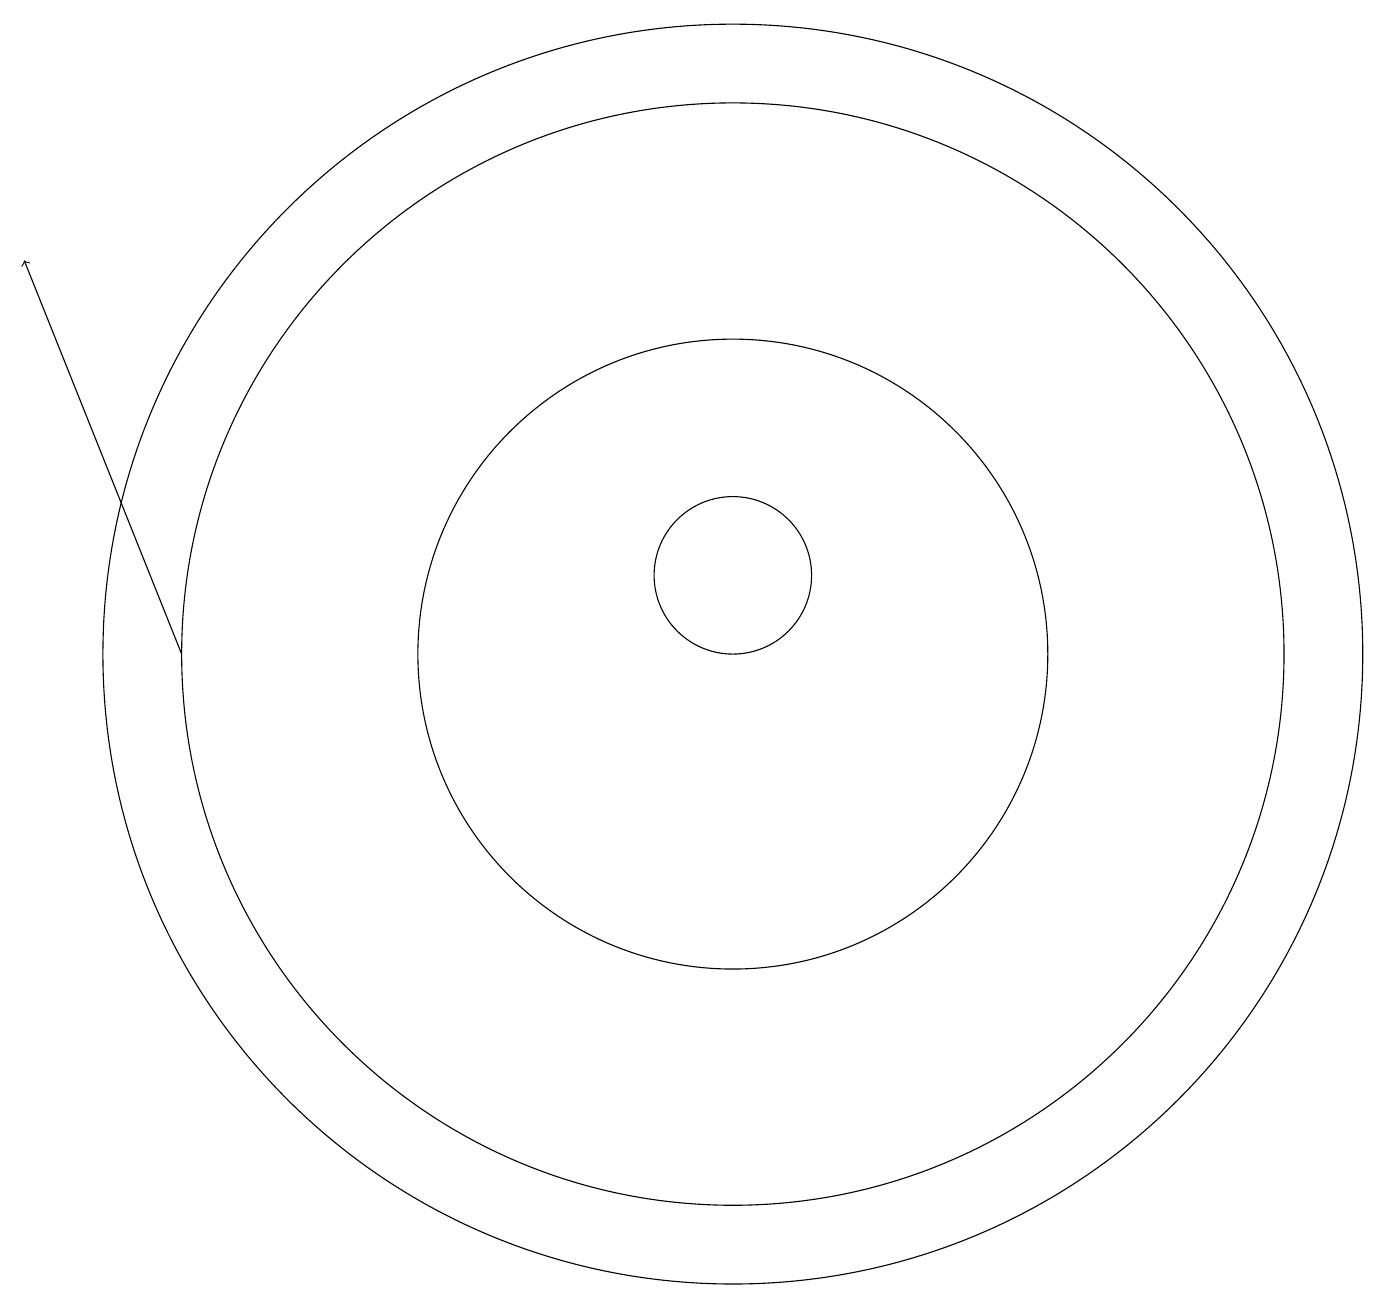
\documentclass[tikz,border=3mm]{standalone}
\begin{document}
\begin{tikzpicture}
\draw[->] (5,10) -- (3,15);
\draw (12,10) circle (4);
\draw (12,10) circle (8);
\draw (12,11) circle (1);
\draw (12,10) circle (7);
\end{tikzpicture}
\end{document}